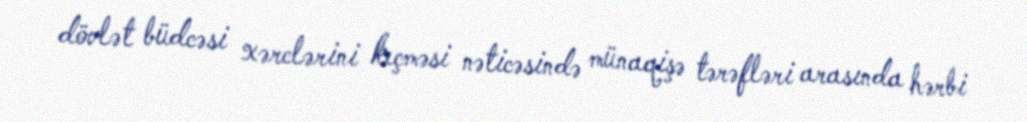
dövlət büdcəsi xərclərini keçməsi nəticəsində münaqişə tərəfləri arasında hərbi